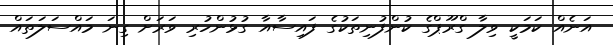
އަނެއް ކަމަކީ ވިލާ ގްރޫޕްގެ ކުންފުނިތަކުގެ ފައިސާއާ ގުޅުންހުރި ވަރަށް ގިނަ މައްސަލަތައް